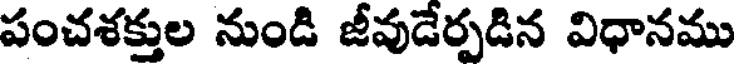
పంచశక్తుల నుండి జీవుడేర్పడిన విధానము